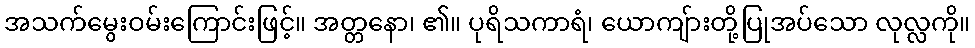
အသက်မွေးဝမ်းကြောင်းဖြင့်။ အတ္တနော၊ ၏။ ပုရိသကာရံ၊ ယောကျ်ားတို့ပြုအပ်သော လုလ္လကို။